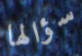
سؤالها